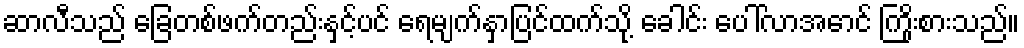
ဆာလီသည် ခြေတစ်ဖက်တည်းနှင့်ပင် ရေမျက်နှာပြင်ထက်သို့ ခေါင်း ပေါ်လာအောင် ကြိုးစားသည်။